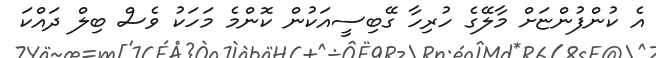
އެ ކުންފުންޏަށް މާލޭގެ ހުރިހާ ގޭބިސީއަކުން ކޮންމެ މަހަކު ވެސް ބިލް ދައްކަ